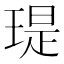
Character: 瑅